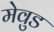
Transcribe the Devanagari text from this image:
मेवुड